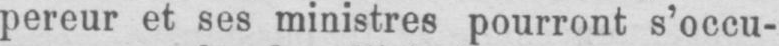
pereur et ses ministres pourront s’occu-